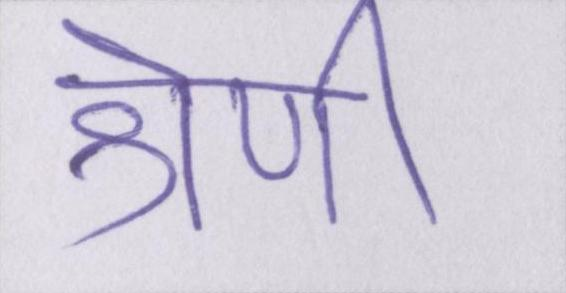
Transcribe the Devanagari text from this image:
श्रेणी